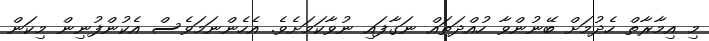
މި އިމާރާތް ހެދުމަށް ބޭނުންވާ ހުއްދަތައް ނަގާފައި ނުވާކަމަށެވެ. އެހެންނަމަވެސް އެކުންފުނިން މިކަން